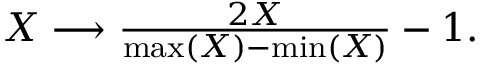
\begin{array} { r } { X \longrightarrow \frac { 2 X } { \mathrm { m a x } ( X ) - \mathrm { m i n } ( X ) } - 1 . } \end{array}